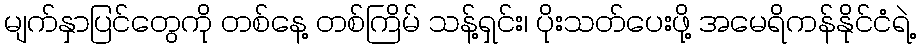
မျက်နှာပြင်တွေကို တစ်နေ့ တစ်ကြိမ် သန့်ရှင်း၊ ပိုးသတ်ပေးဖို့ အမေရိကန်နိုင်ငံရဲ့